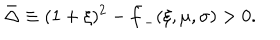
\bar { \Delta } \equiv ( 1 + \xi ) ^ { 2 } - \bar { f } _ { - } ( \xi , \mu , \sigma ) > 0 .